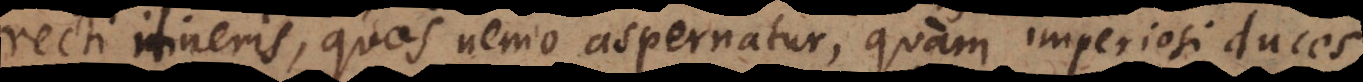
recti itineris, quos nemo aspernatur, quam imperiosi duces